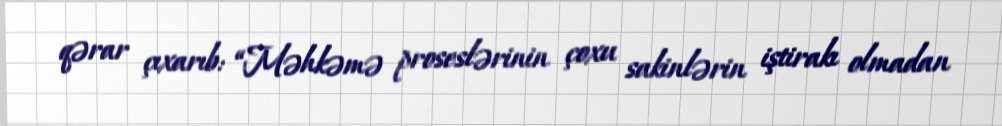
qərar çıxarıb: “Məhkəmə proseslərinin çoxu sakinlərin iştirakı olmadan